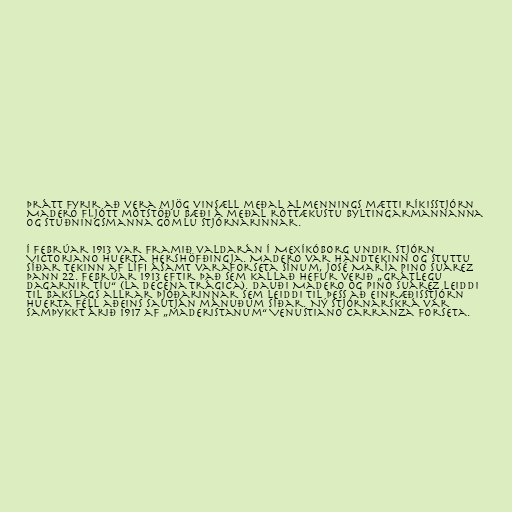
Þrátt fyrir að vera mjög vinsæll meðal almennings mætti ríkisstjórn
Madero fljótt mótstöðu bæði á meðal róttækustu byltingarmannanna
og stuðningsmanna gömlu stjórnarinnar.

Í febrúar 1913 var framið valdarán í Mexíkóborg undir stjórn
Victoriano Huerta hershöfðingja. Madero var handtekinn og stuttu
síðar tekinn af lífi ásamt varaforseta sínum, José María Pino Suárez
þann 22. febrúar 1913 eftir það sem kallað hefur verið „grátlegu
dagarnir tíu“ (la Decena Trágica). Dauði Madero og Pino Suárez leiddi
til bakslags allrar þjóðarinnar sem leiddi til þess að einræðisstjórn
Huerta féll aðeins sautján mánuðum síðar. Ný stjórnarskrá var
samþykkt árið 1917 af „maderistanum“ Venustiano Carranza forseta.